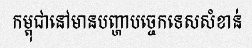
កម្ពុជានៅមានបញ្ហាបច្ចេកទេសសំខាន់